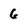
Character: 6